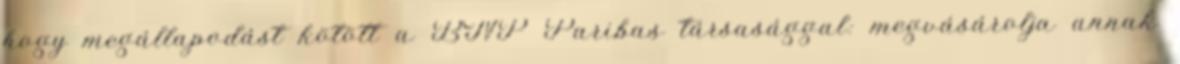
hogy megállapodást kötött a BNP Paribas társasággal: megvásárolja annak